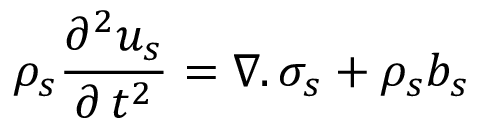
{ \rho _ { s } } \frac { { { \partial ^ { 2 } } u _ { s } } } { { \partial \, { t ^ { 2 } } } } = \nabla . \, { \sigma _ { s } } + { \rho _ { s } } { b _ { s } }